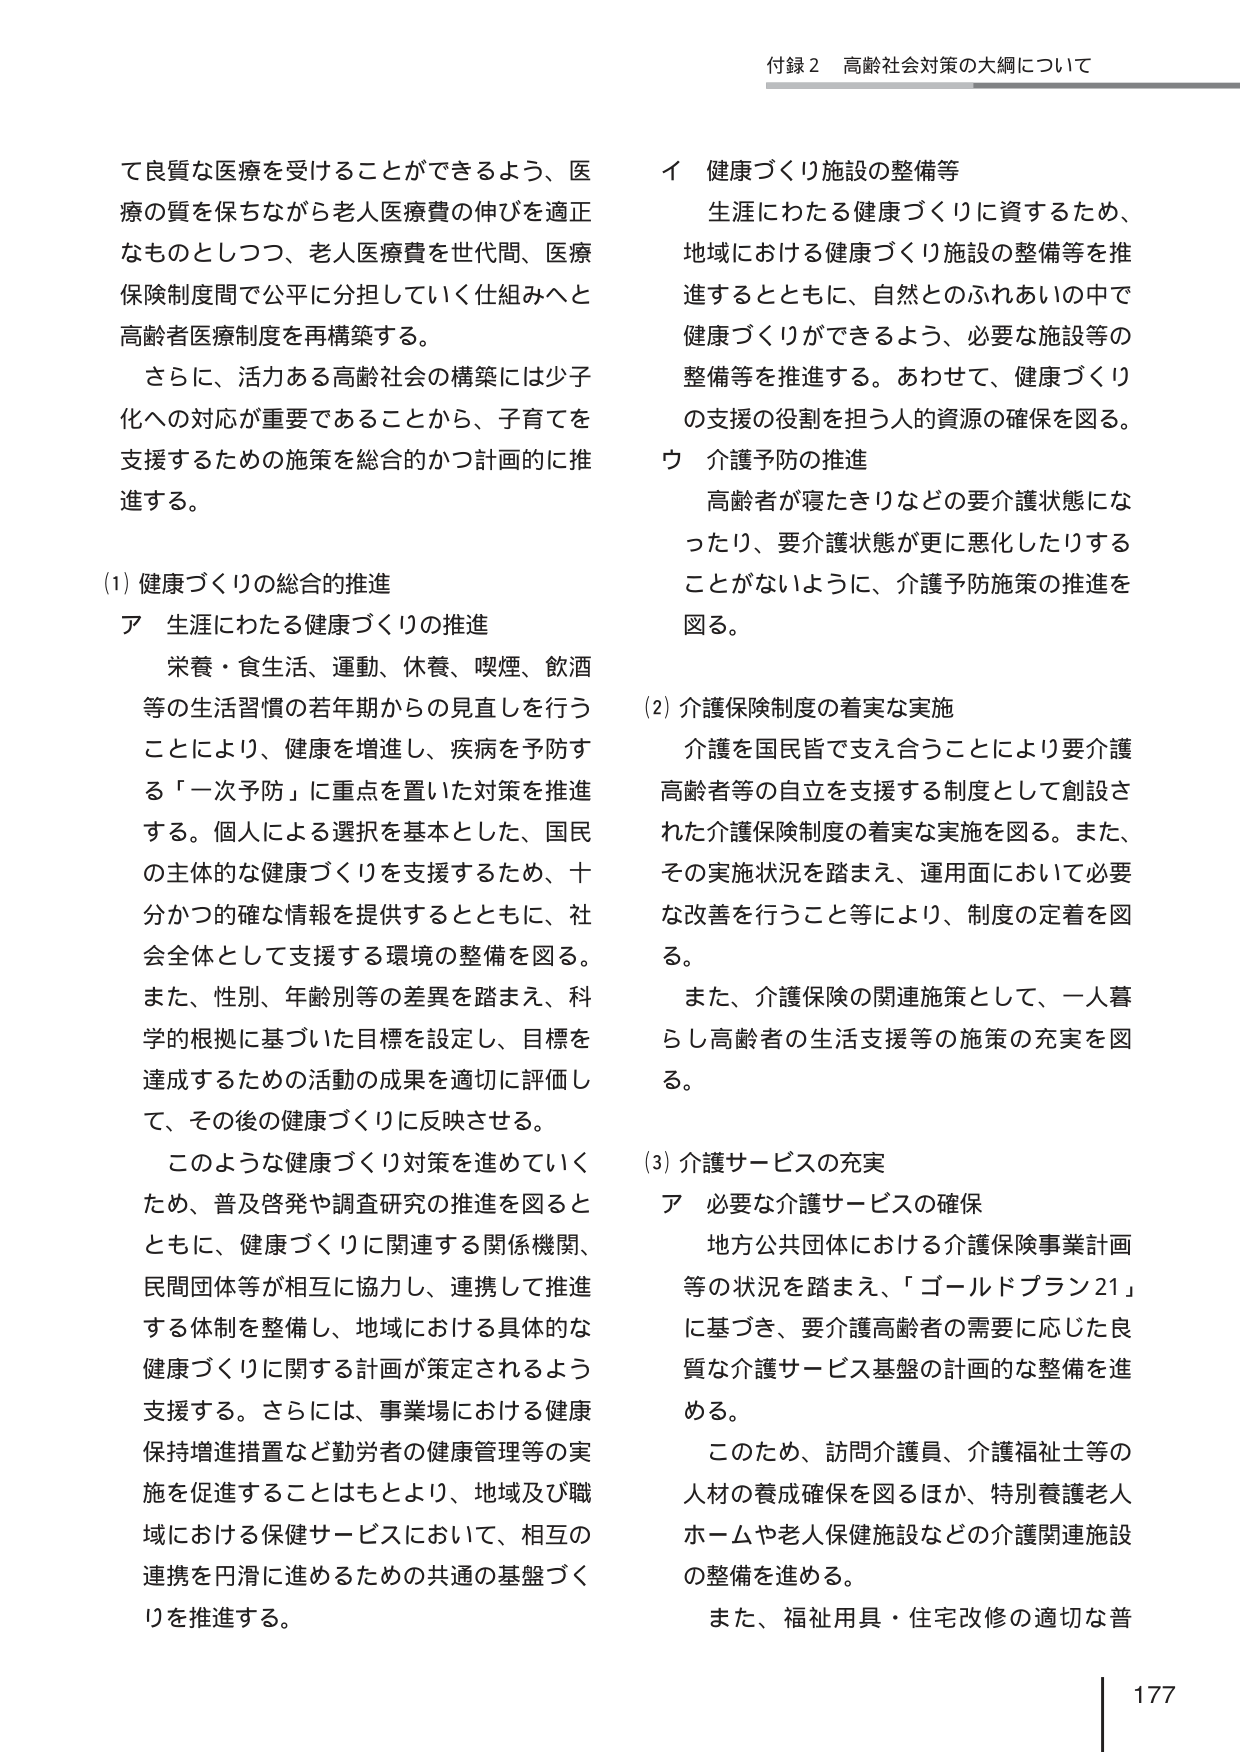
付録２ 高齢社会対策の大綱について

て良質な医療を受けることができるよう、医療の質を保ちながら老人医療費の伸びを適正なものとしつつ、老人医療費を世代間、医療保険制度間で公平に分担していく仕組みへと高齢者医療制度を再構築する。

さらに、活力ある高齢社会の構築には少子化への対応が重要であることから、子育てを支援するための施策を総合的かつ計画的に推進する。

(1) 健康づくりの総合的推進
ア 生涯にわたる健康づくりの推進

栄養・食生活、運動、休養、喫煙、飲酒等の生活習慣の若年期からの見直しを行うことにより、健康を増進し、疾病を予防する「一次予防」に重点を置いた対策を推進する。個人による選択を基本とした、国民の主体的な健康づくりを支援するため、十分かつ的確な情報を提供するとともに、社会全体として支援する環境の整備を図る。また、性別、年齢別等の差異を踏まえ、科学的根拠に基づいた目標を設定し、目標を達成するための活動の成果を適切に評価して、その後の健康づくりに反映させる。

このような健康づくり対策を進めていくため、普及啓発や調査研究の推進を図るとともに、健康づくりに関連する関係機関、民間団体等が相互に協力し、連携して推進する体制を整備し、地域における具体的な健康づくりに関する計画が策定されるよう支援する。さらには、事業場における健康保持増進措置など勤労者の健康管理等の実施を促進することはもとより、地域及び職域における保健サービスにおいて、相互の連携を円滑に進めるための共通の基盤づくりを推進する。

イ 健康づくり施設の整備等

生涯にわたる健康づくりに資するため、地域における健康づくり施設の整備等を推進するとともに、自然とのふれあいの中で健康づくりができるよう、必要な施設等の整備等を推進する。あわせて、健康づくりの支援の役割を担う人的資源の確保を図る。

ウ 介護予防の推進

高齢者が寝たきりなどの要介護状態になったり、要介護状態が更に悪化したりすることがないように、介護予防施策の推進を図る。

(2) 介護保険制度の着実な実施

介護を国民皆で支え合うことにより要介護高齢者等の自立を支援する制度として創設された介護保険制度の着実な実施を図る。また、その実施状況を踏まえ、運用面において必要な改善を行うこと等により、制度の定着を図る。

また、介護保険の関連施策として、一人暮らし高齢者の生活支援等の施策の充実を図る。

(3) 介護サービスの充実
ア 必要な介護サービスの確保

地方公共団体における介護保険事業計画等の状況を踏まえ、「ゴールドプラン21」に基づき、要介護高齢者の需要に応じた良質な介護サービス基盤の計画的な整備を進める。

このため、訪問介護員、介護福祉士等の人材の養成確保を図るほか、特別養護老人ホームや老人保健施設などの介護関連施設の整備を進める。

また、福祉用具・住宅改修の適切な普

177